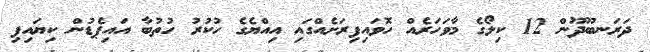
ދަރަނބޫދޫން 12 ކިލޯގެ މާވަހަރެއް ހޮވައިފިރަށެއްގައި އިއްޔެގެ ހުކުރު ހުތުބާ އައިޕެޑުން ކިޔައިފި